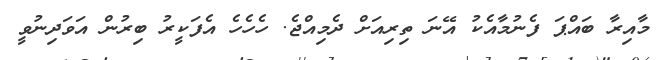
މާއިރާ ބައްޕަ ފެނުމާއެކު އޭނަ ތިރިއަށް ދެމިއްޖެ. ހެހެހެ އެފަކީރު ބިރުން އަވަދިނުވީ